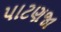
પાટણજા